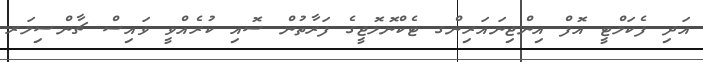
އަދި ފެކަލްޓީ އޮފް އިންޖިނައަރިންގ ޓެކްނޮލޮޖީގެ ފަރާތުން ސޮއި ކުރެއްވީ ވައިސް ޗާންސިލަރ